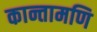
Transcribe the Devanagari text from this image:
कान्तामणि